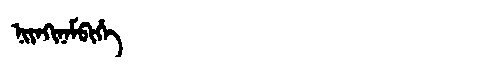
Manchu: ᠨᡳᠶᠠᡴᡳᠨᠠᠮᠪᡳᡥᡝ
Romanization: NIYAKINAMBIHE